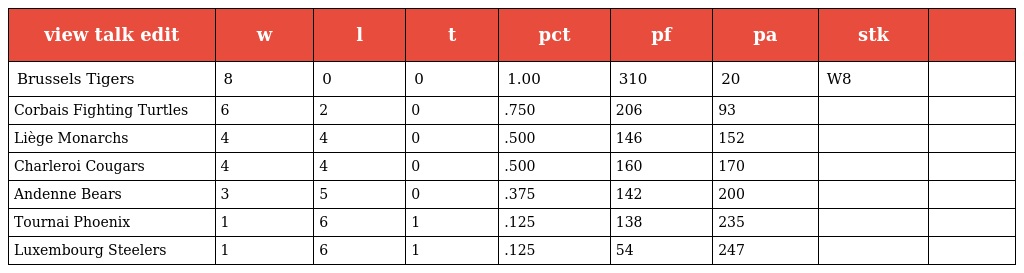
| view talk edit | w | l | t | pct | pf | pa | stk |  |
 | --- | --- | --- | --- | --- | --- | --- | --- | --- |
 | Brussels Tigers | 8 | 0 | 0 | 1.00 | 310 | 20 | W8 |  |
 | Corbais Fighting Turtles | 6 | 2 | 0 | .750 | 206 | 93 |  |  |
 | Liège Monarchs | 4 | 4 | 0 | .500 | 146 | 152 |  |  |
 | Charleroi Cougars | 4 | 4 | 0 | .500 | 160 | 170 |  |  |
 | Andenne Bears | 3 | 5 | 0 | .375 | 142 | 200 |  |  |
 | Tournai Phoenix | 1 | 6 | 1 | .125 | 138 | 235 |  |  |
 | Luxembourg Steelers | 1 | 6 | 1 | .125 | 54 | 247 |  |  |